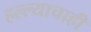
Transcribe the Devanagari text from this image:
हल्ल्याचाही